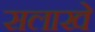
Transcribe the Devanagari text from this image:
सलाखे